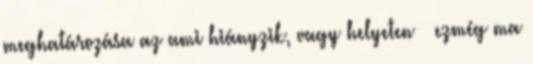
meghatározása az ami hiányzik, vagy helyeten ± ezmég ma